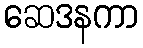
ဆေဒနကာ